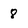
Character: 8